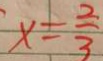
x = \frac { 2 } { 3 }